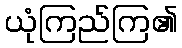
ယုံကြည်ကြ၏